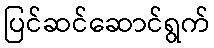
ပြင်ဆင်ဆောင်ရွက်